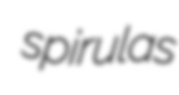
spirulas